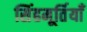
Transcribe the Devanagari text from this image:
सिंहमूर्तियाँ